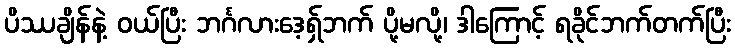
ပိဿချိန်နဲ့ ဝယ်ပြီး ဘင်္ဂလားဒေ့ရှ်ဘက် ပို့မလို့၊ ဒါကြောင့် ရခိုင်ဘက်တက်ပြီး